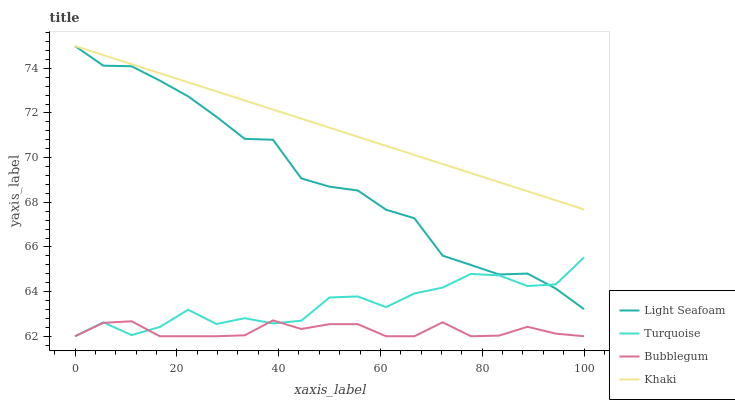
| xaxis_label | Light Seafoam | Turquoise | Bubblegum | Khaki |
 | --- | --- | --- | --- | --- |
 | 0 | 75 | 62 | 62 | 75 |
 | 5.56 | 74.1 | 62.6 | 62.6 | 74.6 |
 | 11.1 | 74.1 | 62.1 | 62.7 | 74.2 |
 | 16.7 | 73.4 | 62.4 | 62 | 73.8 |
 | 22.2 | 72.7 | 63.2 | 62 | 73.4 |
 | 27.8 | 71.8 | 62.5 | 62 | 73 |
 | 33.3 | 70.8 | 62.8 | 62 | 72.6 |
 | 38.9 | 70.8 | 62.6 | 62.7 | 72.2 |
 | 44.4 | 69.1 | 62.7 | 62.3 | 71.7 |
 | 50 | 68.7 | 63.7 | 62.5 | 71.3 |
 | 55.6 | 68.5 | 63.8 | 62.5 | 70.9 |
 | 61.1 | 67.7 | 63.3 | 62 | 70.5 |
 | 66.7 | 67.3 | 63.9 | 62 | 70.1 |
 | 72.2 | 65.6 | 64.2 | 62.6 | 69.7 |
 | 77.8 | 65.2 | 64.8 | 62 | 69.3 |
 | 83.3 | 64.8 | 64.7 | 62 | 68.9 |
 | 88.9 | 64.8 | 64.3 | 62.4 | 68.5 |
 | 94.4 | 64.1 | 64.3 | 62.1 | 68.1 |
 | 100 | 63.2 | 65.5 | 62 | 67.7 |